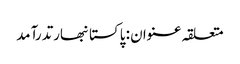
متعلقہ عنوان : پاکستانبھارتدرآمد